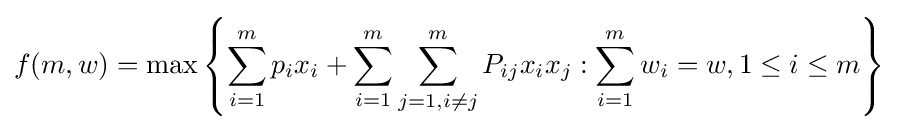
f(m,w)=\max \left\{\sum _{i=1}^{m}p_{i}x_{i}+\sum _{i=1}^{m}\sum _{j=1,i\neq j}^{m}P_{ij}x_{i}x_{j}:\sum _{i=1}^{m}w_{i}=w,1\leq i\leq m\right\}